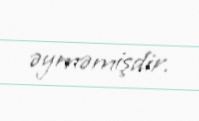
əyməmişdir.